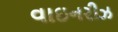
વાઇનરીઝ